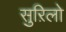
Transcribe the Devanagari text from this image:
सुऱिलो